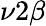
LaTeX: \nu 2\beta